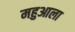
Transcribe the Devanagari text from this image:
महुआला